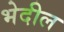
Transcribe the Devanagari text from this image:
भेदील